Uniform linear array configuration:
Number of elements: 32
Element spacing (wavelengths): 1
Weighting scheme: hann
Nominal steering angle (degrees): -30
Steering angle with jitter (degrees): -29.553
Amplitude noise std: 0.05
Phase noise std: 0.05

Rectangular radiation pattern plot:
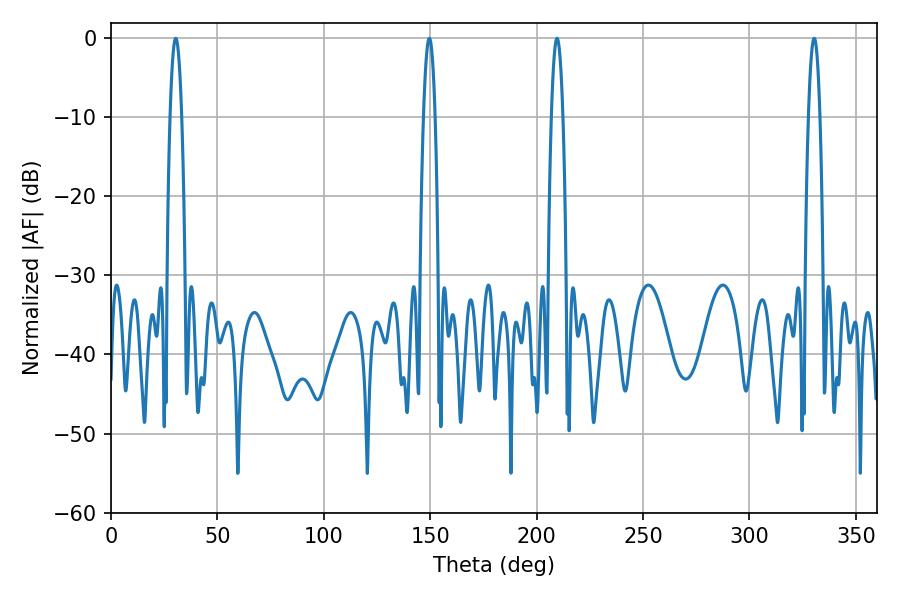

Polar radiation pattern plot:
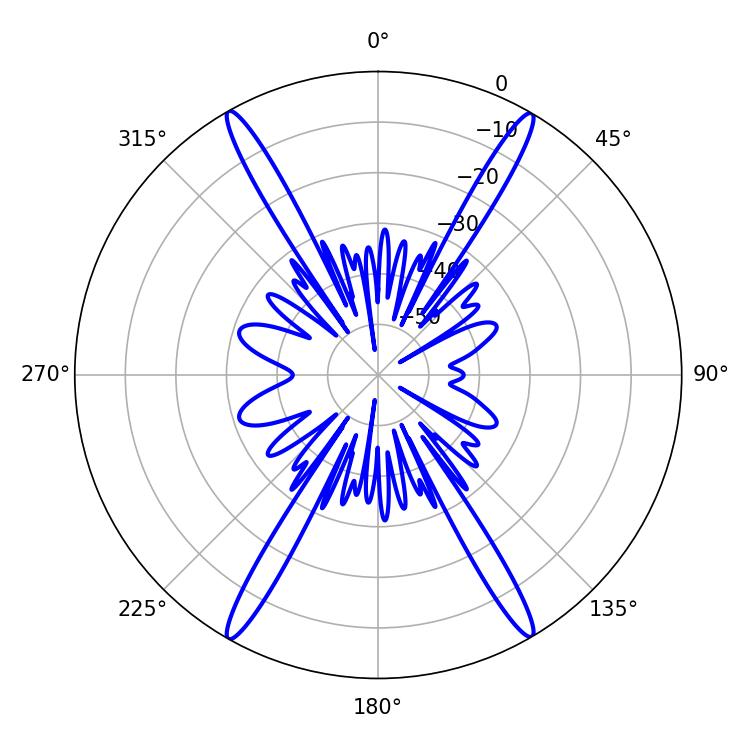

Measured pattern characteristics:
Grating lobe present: TRUE
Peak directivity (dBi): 30.577
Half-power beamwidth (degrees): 2.88
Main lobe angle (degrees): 30.42